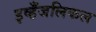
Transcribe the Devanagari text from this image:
इव्हँजलिकल